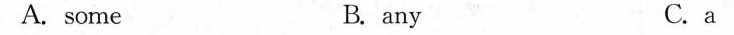
A. some B. any C.a